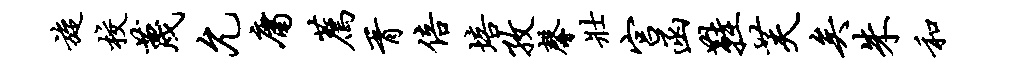
旋校蔑允庸荐胥倍培孜馨壮宫函鞋芙矣朱和